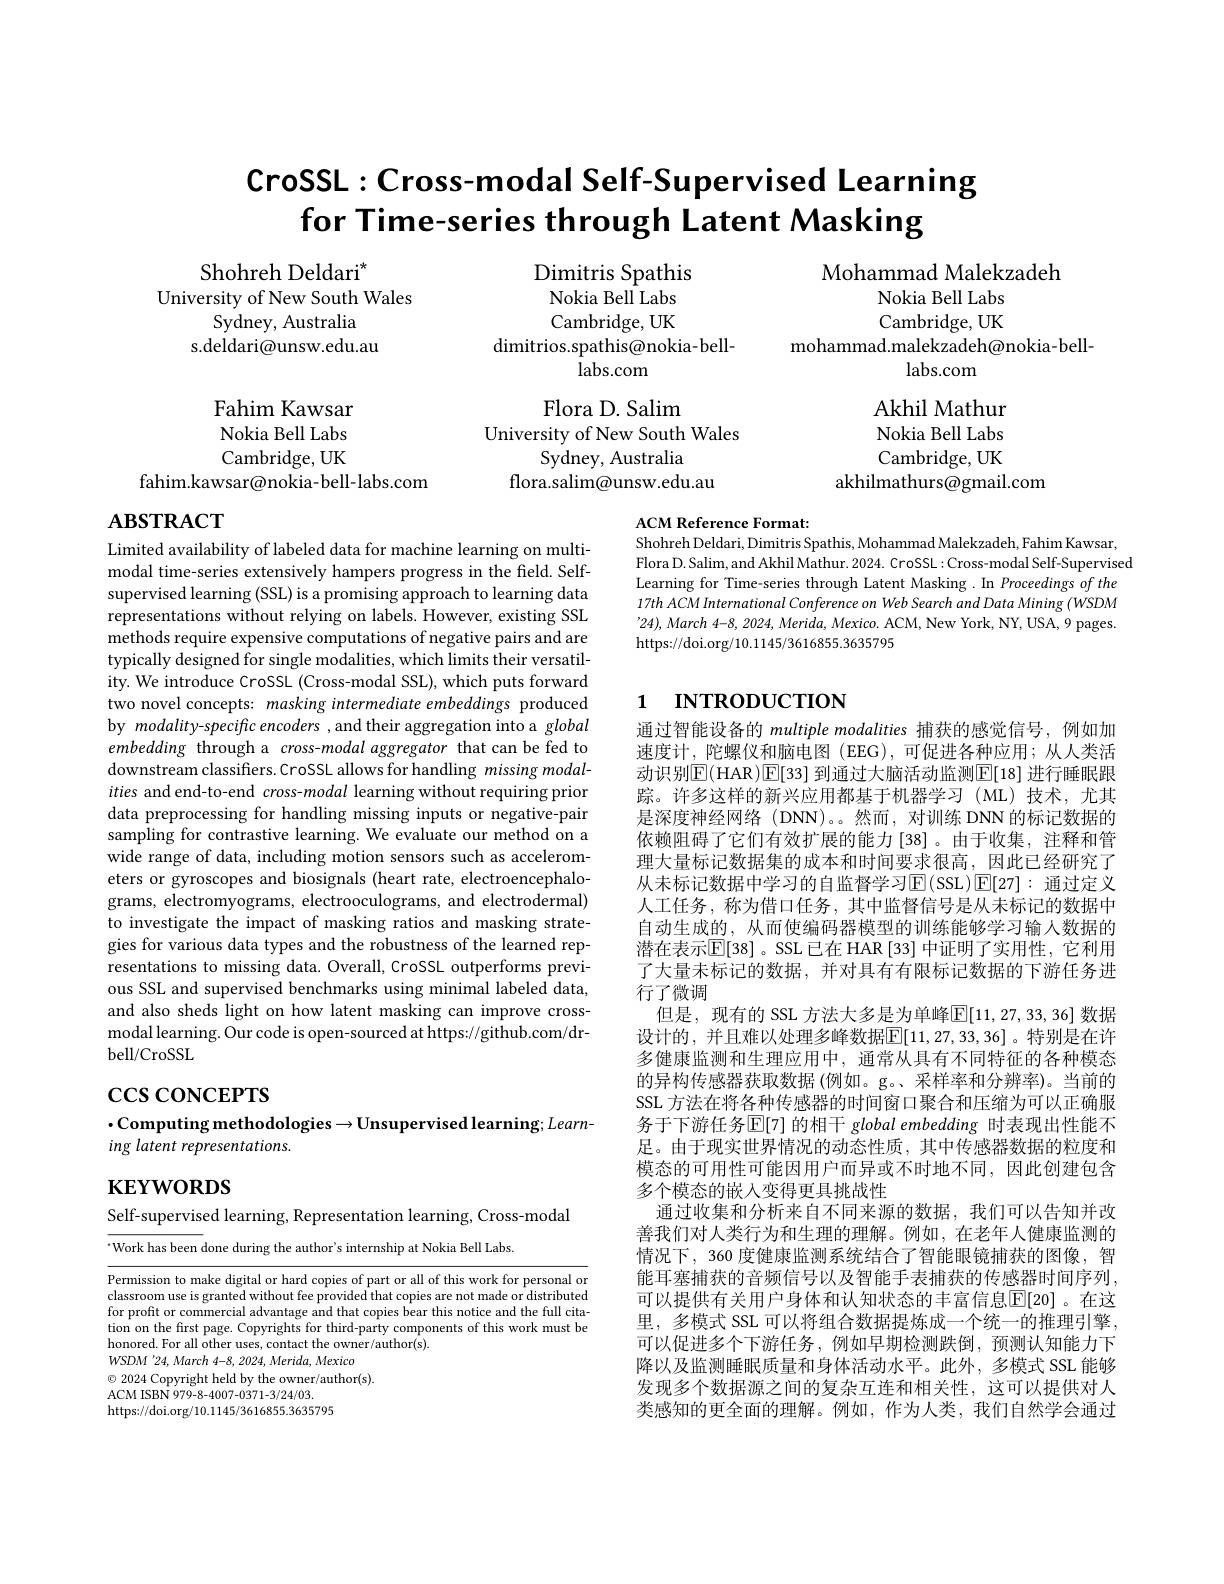
# $\mathsf{CroSSL:Cross-modal~Self-Supervised~Learning}$ for Time-series through Latent Masking

Shohreh Deldari$^*$
University of New South Wales
Sydney, Australia
s.deldari@unsw.edu.au

Dimitris Spathis Nokia Bell Labs Cambridge, UK
dimitrios.spathis@nokia-bell-
$\hat{\text{labs.com}}$

Mohammad Malekzadeh
Nokia Bell Labs Cambridge, UK
mohammad.malekzadeh@nokia-bell-
labs.com

Fahim Kawsar Nokia Bell Labs Cambridge, UK
fahim.kawsar@nokia-bell-labs.com

Flora D. Salim
University of New South Wales
Sydney, Australia
flora.salim@unsw.edu.au

Akhil Mathur Nokia Bell Labs Cambridge, UK
akhilmathurs@gmail.com

# $\mathbf{ABSTRACT}$

ACM Reference Format:
Shohreh Deldari, Dimitris Spathis, Mohammad Malekzadeh, Fahim Kawsar, Flora D. Salim, and Akhil Mathur. 2024. CroSSL: Cross- modal Self-Supervised Learning for Time-series through Latent Masking .In Proceedings of the 17th ACM International Conference on Web Search and Data Mining (WSDM '24), March 4-8, 2024, Merida, Mexico. ACM, New York, NY, USA, 9 pages https://doi.org/10.1145/3616855.3635795

# 1 INTRODUCTION

Limited availability of labeled data for machine learning on multimodal time-series extensively hampers progress in the field. Selfsupervised learning (SSL) is a promising approach to learning data representations without relying on labels. However, existing SSL methods require expensive computations of negative pairs and are typically designed for single modalities, which limits their versatility. We introduce CroSSL (Cross-modal SSL), which puts forward two novel concepts: masking intermediate embeddings produced by modality-specific encoders , and their aggregation into a global embedding through a cross-modal aggregator that can be fed to downstream classifiers. CroSSL allows for handling missing modalities and end-to-end cross-modal learning without requiring prior data preprocessing for handling missing inputs or negative-pair sampling for contrastive learning. We evaluate our method on a wide range of data, including motion sensors such as accelerometers or gyroscopes and biosignals (heart rate, electroencephalograms, electromyograms, electrooculograms, and electrodermal) to investigate the impact of masking ratios and masking strategies for various data types and the robustness of the learned representations to missing data. Overall, CroSSL outperforms previous SSL and supervised benchmarks using minimal labeled data, and also sheds light on how latent masking can improve crossmodal learning. Our code is open-sourced at https://github.com/drbell/ CroSSL

了大量未标记的数据，并对具有有限标记数据的下游任务进
行了微调

通过智能设备的 multiple modalities 捕获的感觉信号，例如加速度计，陀螺仪和脑电图(EEG),可促进各种应用；从人类活动识别$\mathbb{E}($HAR)$\mathbb{E}[33]$ 到通过大脑活动监测$\mathbb{E}[18]$ 进行睡眠跟踪。许多这样的新兴应用都基于机器学习(ML)技术，尤其是深度神经网络(DNN)。。然而，对训练 DNN的标记数据的依赖阻碍了它们有效扩展的能力[38]。由于收集，注释和管理大量标记数据集的成本和时间要求很高，因此已经研究了从未标记数据中学习的自监督学习$\operatorname{E}(\operatorname{SSL})\operatorname{E}[27]:$ 通过定义人工任务，称为借口任务，其中监督信号是从未标记的数据中自动生成的，从而使编码器模型的训练能够学习输人数据的潜在表示$\mathbb{E}[38]$ 。SSL 已在 HAR [33] 中证明了实用性，它利用
但是，现有的 SSL 方法大多是为单峰$\mathbb{E}[11,27,33,36]$ 数据设计的，并且难以处理多峰数据$\mathbb{E}[11,27,33,36]$。特别是在许多健康监测和生理应用中，通常从具有不同特征的各种模态的异构传感器获取数据(例如。g。、采样率和分辨率)。当前的SSL 方法在将各种传感器的时间窗口聚合和压缩为可以正确服务于下游任务$\overline{\mathbb{E}}[7]$ 的相干 global embedding 时表现出性能不足。由于现实世界情况的动态性质，其中传感器数据的粒度和模态的可用性可能因用户而异或不时地不同，因此创建包含多个模态的嵌入变得更具挑战性
通过收集和分析来自不同来源的数据，我们可以告知并改善我们对人类行为和生理的理解。例如，在老年人健康监测的情况下，360 度健康监测系统结合了智能眼镜捕获的图像，智能耳塞捕获的音频信号以及智能手表捕获的传感器时间序列可以提供有关用户身体和认知状态的丰富信息$\mathbb{E}[20]$。在这里，多模式 SSL 可以将组合数据提炼成一个统一的推理引擎可以促进多个下游任务，例如早期检测跌倒，预测认知能力下降以及监测睡眠质量和身体活动水平。此外，多模式 SSL 能够发现多个数据源之间的复杂互连和相关性，这可以提供对人类感知的更全面的理解。例如，作为人类，我们自然学会通过

# $\csc\cos$coNCEPTS

## $\cdot$Computing methodologies$\to$Unsupervised learning$;Learn$ ing latent representations.

$\mathbf{KEYWORDS}$

Self-supervised learning, Representation learning, Cross-modal

$^{.}$Work has been done during the author's internship at Nokia Bell Labs.

Permission to make digital or hard copies of part or all of this work for personal or classroom use is granted without fee provided that copies are not made or distributed for profit or commercial advantage and that copies bear this notice and the full citation on the first page. Copyrights for third-party components of this work must be honored. For all other uses, contact the owner/author(s)
WSDM '24, March 4-8, 2024, Merida, Mexico
$\textcircled{\circ}$ 2024 Copyright held by the owner/author(s).
ACM ISBN 979- 8- 4007- 0371- 3/ 24/ 03
https://doi.org/10.1145/3616855.3635795